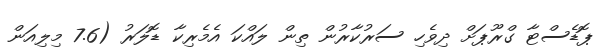
ޕޮޑެސްޓާ ގްރޫޕަށް ދިވެހި ސަރުކާރުން ތިން ލައްކަ އެމެރިކާ ޑޮލަރު (7.6 މިލިއަން